Lunatic asylums United Provinces 1899-1908 - 1899-1908
Year: 1899
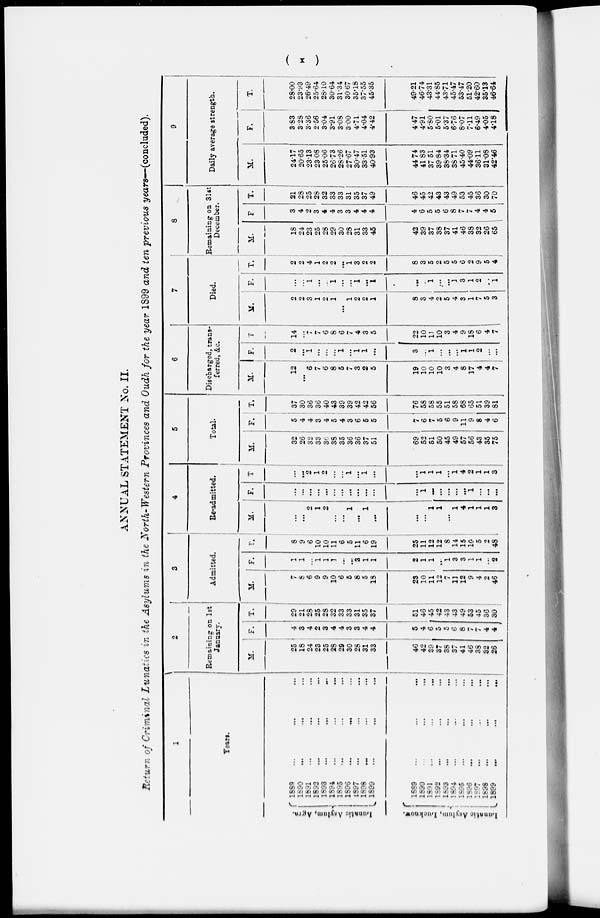
(x)
ANNUAL STATEMENT No. II.
Return of Criminal Lunatics in the Asylums in the North-Western Provinces and Oudh for the year 1899 and ten previous years— (concluded).
1
Years.
Lunatic Asylum, Agra.
Lunatic
Asylum, Lucknow.
1889 ... ... ...
1890 ... ... ...
1891 ... ... ...
1892 ... ... ...
1893 ... ... ...
1894 ... ... ...
1895 ... ... ...
1896 ... ... ...
1897 ... ... ...
1898 ... ... ...
1899 ... ... ...
1889 ... ... ...
1890 ... ... ...
1891 ... ... ...
1892
...
...
...
1893 ... ... ...
1894
...
...
...
1895 ... ... ...
1896 ... ... ...
1897 ... ... ...
1898 ... ... ...
1899 ... ... ...
2
Remaining on 1st
January.
M.
25
18
24
23
25
28
29
30
28
31
33
46
42
39
37
38
37
41
46
38
32
26
F.
4
3
4
2
3
4
4
3
3
4
4
5
4
6
5
5
6
8
7
7
4
4
T.
29
21
28
25
28
32
33
33
31
35
37
51
46
45 42
43
43
49
53
45
36
30
3
Admitted.
M.
7
8 6
9
9
10
6
5
8
5
18
23
10
11
12
7
11
12
9
4
2
46
F.
1
1
...
1
1
1
...
...
3
1
1
2
1
1
...
1
3
3
1
1
...
2
T.
8
9
6
10
10
11
6
5
11
6
19
25
11
12
12
8
14
15
10
5
2
48
4
Re-admitted.
M.
...
...
2
1
2
...
...
1
...
1
...
...
...
1
1
...
1
4
1
1
1
3
F.
...
...
...
...
...
...
...
...
...
...
...
...
1
...
...
...
...
...
1
...
...
...
T.
...
2
1 :
2 '
...
...
1 :
... .
1
...
...
1
1
1
...
1
4
2
1
1
3
5
Total.
M.
32
26
32
33
36
3S
35
36
36
37
51
69
52
51
50
45
49
57
56
43
35
75
F.
5
4
4
3
4
5
4
3
6
5
5
7
6
7
5
6
9
11
9
8
4
6
T.
37
30
36
36
40
43
39
39
42
42
56
76
58
58
55
51
58
68
65
51
39
81
6
Discharged, trans-
ferred, &c.
M.
12
6
-
6
8
5
7
3
2
5
19
10
10
10
3
4
8
17
4
4
7
F.
2
...
1
1
...
1
1
...
3
...
1
...
...
...
1
1
2
...
...
T
14
...
7
7
6
8
6
7
4
3
5
22
10
11
10
3
4
9
18
6
4
7
7
Died.
M.
2
9
3
1
9
1
...
1
2
9
1
8
3
4
2
5
4
3
1
7
5
3
F.
...
...
1
...
...
1
...
...
1
...
1
...
...
1
...
...
1
3
1
2
...
1
T.
2
2
4
1
2
2
...
1
3
2
2
8
3
5
2
5
5
6
2
9
5
4
8
Remaining on 31st
December.
M.
18
24
23
25
28
29
30
28
31
33
45
42
39
37
38
37
41
46
38
32
26
65
F
3
4
2
3
4
4
3
3
4
4
4
4
6
5
5
6
8
7
7
4
4
5
T.
21
28
25
28
32
33
33
31
35
37
49
46
45
42
43
43
49
53
45
36
30
70
9
Daily average strength.
M.
24.17
20.65
23.13
23.08
25.06
26.73
28.26
27.67
30.47
33.51
40.93
44.74
41.83
37.51
39.84
38.34
38.71
45.40
44.09
36.11
31.08
42.46
F.
3.83
3.28
3.36
2.56
3.04
3.91
3.08
3.00
4.71
4.04
4.42
4.47
4.91
5.80
5.01
5.37
6.76
8.07
7.11
6.49
4.05
4.18
T.
28.00
23.93
26.49
25.64
28.10
30.64
31.34
30.67
35.18
37.55
45.35
49.21
46.74
43.31
44.85
43.71
45.47
53.47
51.20
42.60
35.13
46.64